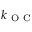
k _ { \mathrm { ~ O ~ C ~ } }